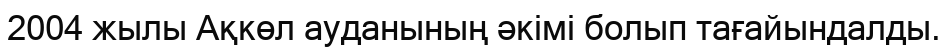
2004 жылы Ақкөл ауданының әкімі болып тағайындалды.